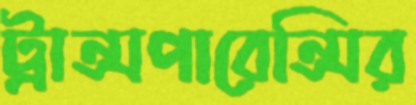
ট্রান্সপারেন্সির